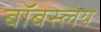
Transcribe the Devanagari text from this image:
बॉबस्लेय